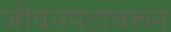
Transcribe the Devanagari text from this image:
जीवनपटावरून